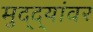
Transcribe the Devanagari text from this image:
मुद्‌द्‌यांवर